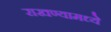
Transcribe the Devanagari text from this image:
राखण्यामध्ये